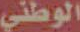
الوطني